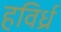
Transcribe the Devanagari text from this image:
हविर्ध्र